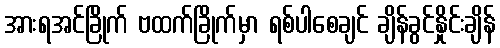
အားရအင်ခြိုက် ဗထက်ခြိုက်မှာ ရစ်ပါစေချင် ချိန်ခွင်နှိုင်းချိန်